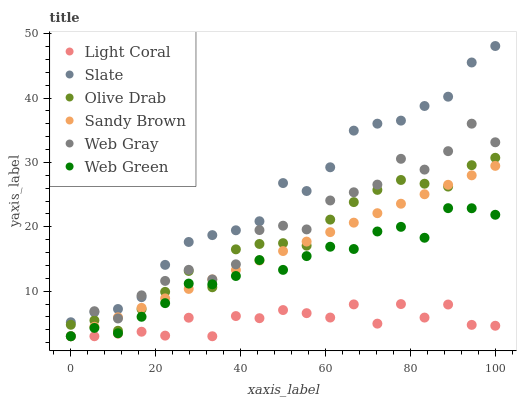
| xaxis_label | Light Coral | Slate | Olive Drab | Sandy Brown | Web Gray | Web Green |
 | --- | --- | --- | --- | --- | --- | --- |
 | 0 | 3 | 5.18 | 4.78 | 3 | 3 | 3 |
 | 5.56 | 3 | 6.75 | 5.46 | 4.47 | 6.89 | 4.3 |
 | 11.1 | 3.41 | 7.23 | 3.86 | 5.94 | 5.76 | 3.47 |
 | 16.7 | 3.7 | 9.07 | 7.2 | 7.41 | 9.35 | 6.02 |
 | 22.2 | 3.1 | 14.1 | 9.9 | 8.88 | 11.6 | 8.14 |
 | 27.8 | 5.88 | 17.6 | 13.1 | 10.4 | 13.3 | 11.2 |
 | 33.3 | 3 | 18.7 | 10.6 | 11.8 | 11.8 | 11.1 |
 | 38.9 | 6.14 | 19.5 | 16.5 | 13.3 | 14.2 | 12.4 |
 | 44.4 | 5.81 | 20.9 | 17.3 | 14.8 | 19.5 | 14.8 |
 | 50 | 7.07 | 26.8 | 17.5 | 16.2 | 20.2 | 13.3 |
 | 55.6 | 6.59 | 25.6 | 17.1 | 17.7 | 19.6 | 15.5 |
 | 61.1 | 5.91 | 29.2 | 21.1 | 19.2 | 24.1 | 16.9 |
 | 66.7 | 7.95 | 34.9 | 23.8 | 20.6 | 25.4 | 16.6 |
 | 72.2 | 4.96 | 36 | 25.7 | 22.1 | 26.6 | 19.3 |
 | 77.8 | 8 | 36.5 | 27.3 | 23.6 | 30.6 | 20 |
 | 83.3 | 5.9 | 38.8 | 26.7 | 25.1 | 28.9 | 18.3 |
 | 88.9 | 7.93 | 40.2 | 26.3 | 26.5 | 31.8 | 22.9 |
 | 94.4 | 4.77 | 45.5 | 29.6 | 28 | 36 | 22.9 |
 | 100 | 4.63 | 48.1 | 30.7 | 29.5 | 33.1 | 21.9 |